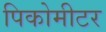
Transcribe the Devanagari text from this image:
पिकोमीटर